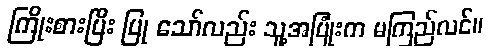
ကြိုးစားပြီး ပြု သော်လည်း သူ့အပြုံးက မကြည်လင်။